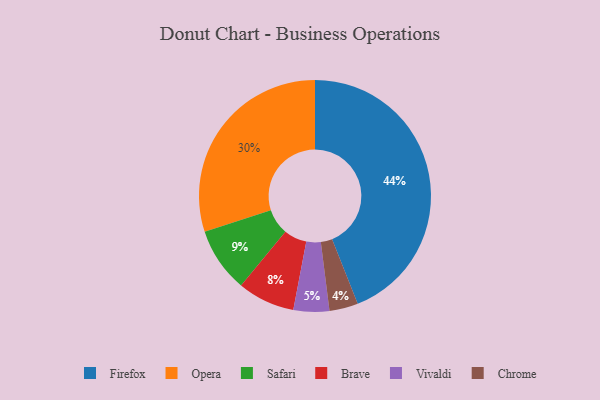
{"axis": {"x": "Category", "y": "Percentage"}, "legend": ["Brave", "Chrome", "Firefox", "Opera", "Safari", "Vivaldi"], "data": [{"x": "Brave", "y": 8, "type": "Brave"}, {"x": "Safari", "y": 9, "type": "Safari"}, {"x": "Chrome", "y": 4, "type": "Chrome"}, {"x": "Firefox", "y": 44, "type": "Firefox"}, {"x": "Vivaldi", "y": 5, "type": "Vivaldi"}, {"x": "Opera", "y": 30, "type": "Opera"}]}